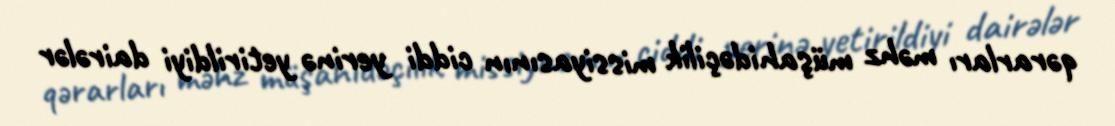
qərarları məhz müşahidəçilik missiyasının ciddi yerinə yetirildiyi dairələr